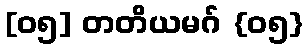
[၀၅] တတိယမဂ် {၀၅}